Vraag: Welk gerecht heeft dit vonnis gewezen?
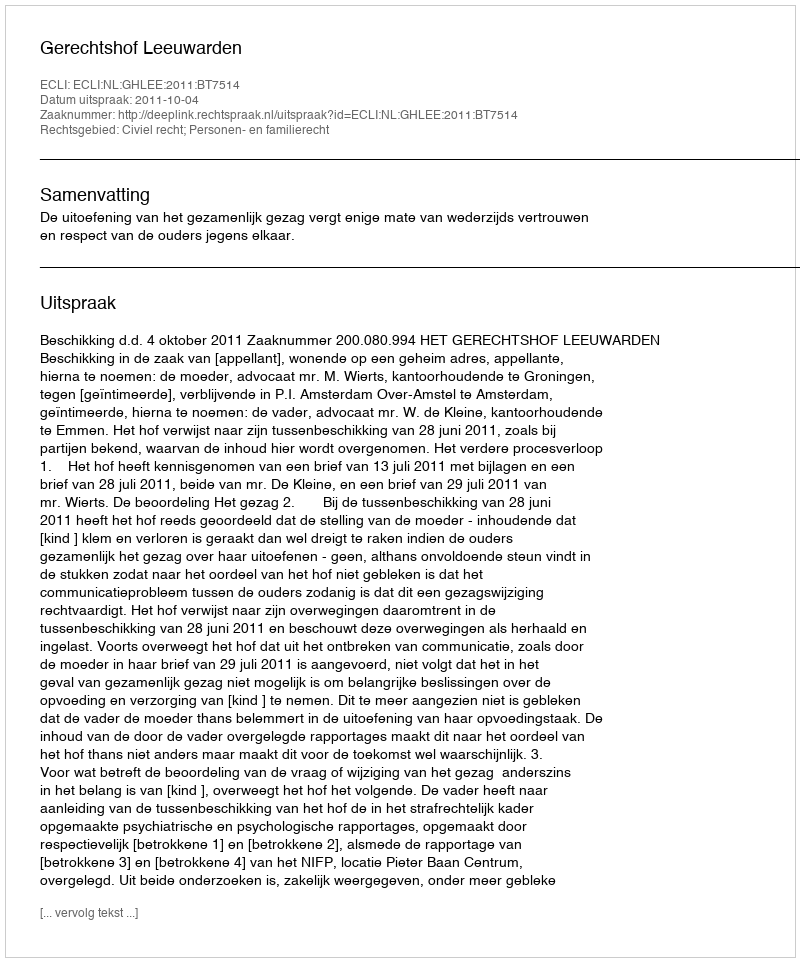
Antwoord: Gerechtshof Leeuwarden